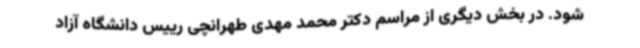
شود. در بخش دیگری از مراسم دکتر محمد مهدی طهرانچی رییس دانشگاه آزاد